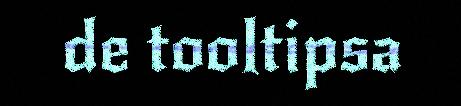
de tooltipsa